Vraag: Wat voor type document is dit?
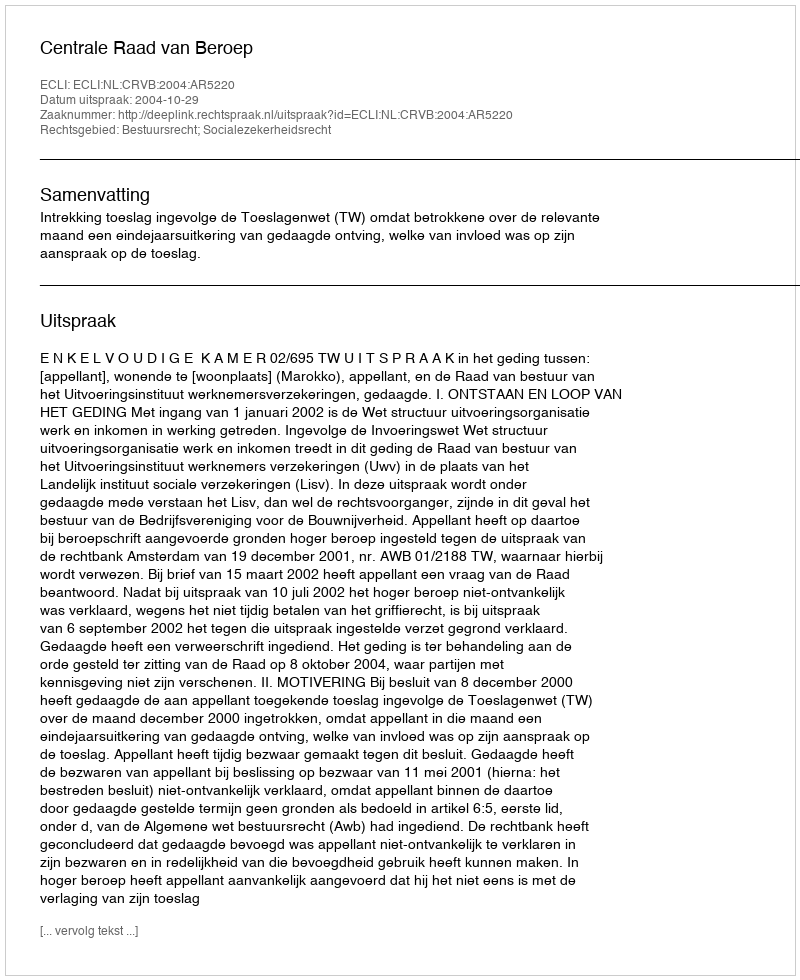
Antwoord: Uitspraak